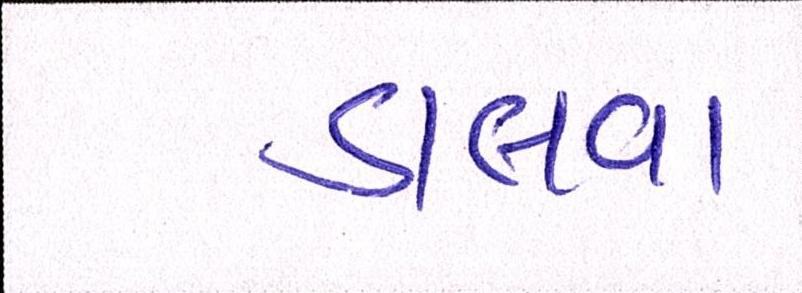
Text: ડાલડા